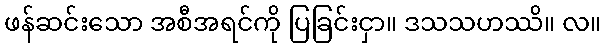
ဖန်ဆင်းသော အစီအရင်ကို ပြခြင်းငှာ။ ဒသသဟဿိ။ လ။